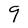
Character: 9